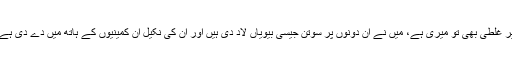
پر غلطی بھی تو میری ہے، میں نے ان دونوں پر سوتن جیسی بیویاں لاد دی ہیں اور ان کی نکیل ان کمینیوں کے ہاتھ میں دے دی ہے۔